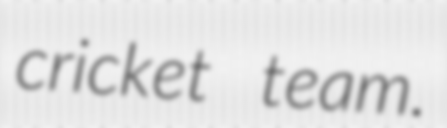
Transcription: cricket team.